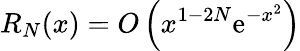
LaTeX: R_{N}(x)=O\left(x^{1-2N}\mathrm{e}^{-x^{2}}\right)